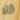
كلا